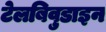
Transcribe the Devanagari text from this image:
टेलबिवुडाइन